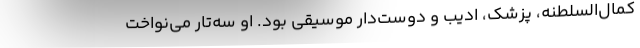
کمال‌السلطنه، پزشک، ادیب و دوست‌دار موسیقی بود. او سه‌تار می‌نواخت